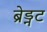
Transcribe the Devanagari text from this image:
ब्रेड्नट